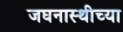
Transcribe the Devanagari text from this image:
जघनास्थीच्या